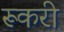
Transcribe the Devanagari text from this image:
रूकरी